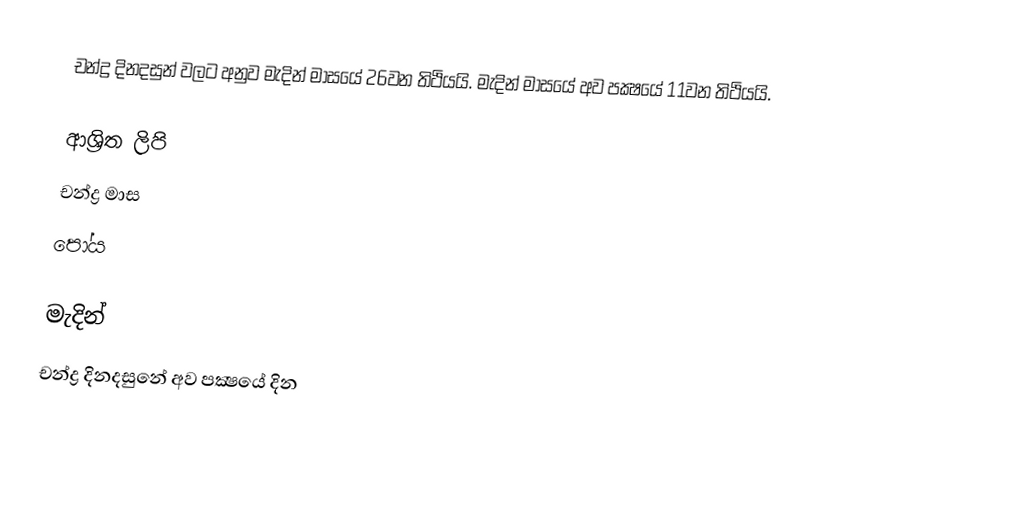
චන්ද්‍ර දිනදසුන් වලට අනුව මැදින් මාසයේ 26වන තිථියයි. මැදින් මාසයේ අව පක්‍ෂයේ 11වන තිථියයි.

ආශ්‍රිත ලිපි
 චන්ද්‍ර මාස
 පෝය

මැදින්
චන්ද්‍ර දිනදසුනේ අව පක්‍ෂයේ දින